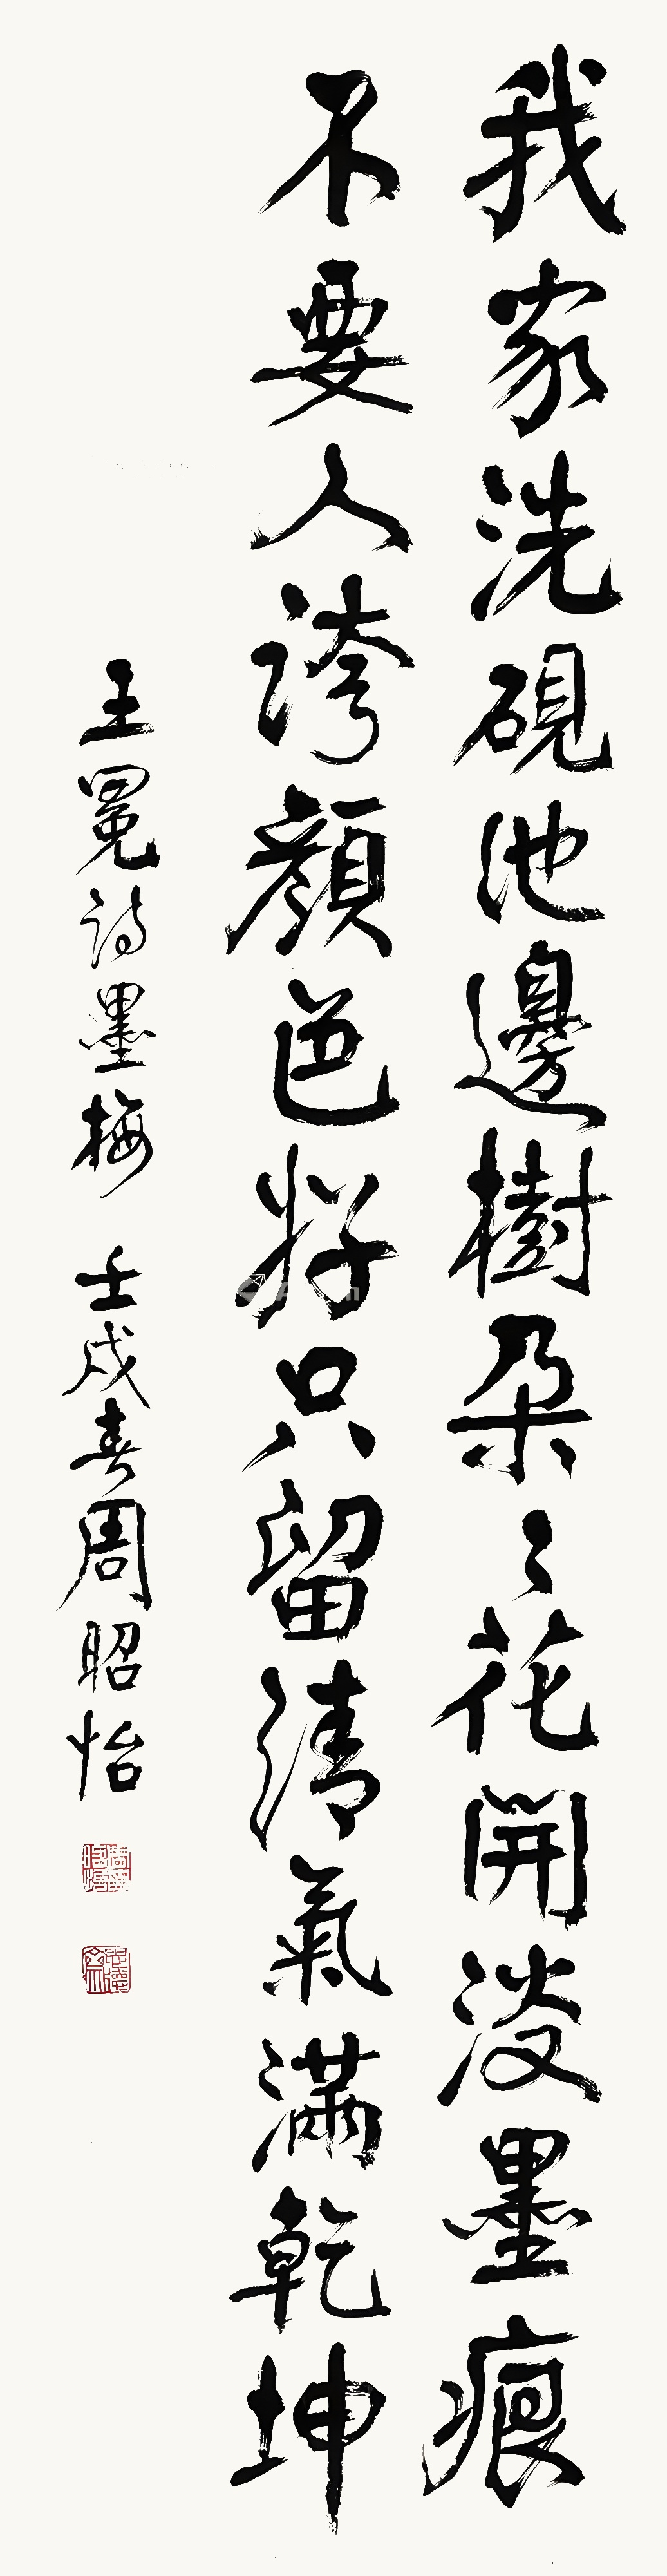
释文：我家洗砚池边树，朵朵花开淡墨痕。不要人夸颜色好，只留清气满乾坤。壬戌（1982年）春，周昭怡。